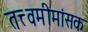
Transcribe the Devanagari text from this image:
तत्त्वमीमांसक